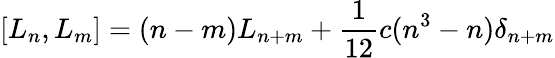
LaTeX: \left[L_{n},L_{m}\right]=(n-m)L_{n+m}+\frac{1}{12}c(n^{3}-n)\delta_{n+m}